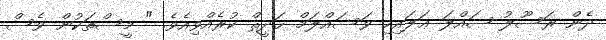
ދެން ރަސޫލު ޞައްލަ ޢަލައިހި ވަސައްލަމް ޙަދީޘް ކުރެއްވިއެވެ. " މީސްތަކުން ވެސް